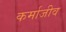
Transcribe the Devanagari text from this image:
कर्माजीव